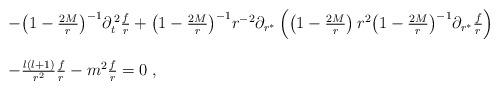
LaTeX: \begin{align*}\begin{array}{l}-{\left(1-{2M\over r}\right)}^{-1}\partial_t^{\,2}{f\over r}+{\left(1-{2M\over r}\right)}^{-1}r^{-2}\partial_{r^*}\left(\left(1-{2M\over r}\right)r^2{\left(1-{2M\over r}\right)}^{-1}\partial_{r^*}{f\over r}\right)\\\\-\frac{l\left(l+1\right)}{r^2}{f\over r}-m^2{f\over r}=0\;,\end{array}\end{align*}